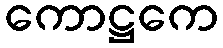
ကောဋ္ဌကေ